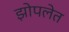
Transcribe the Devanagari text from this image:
झोपलेत